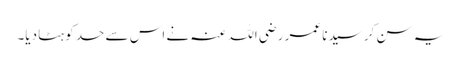
یہ سن کر سیدنا عمر ‌رضی ‌اللہ ‌عنہ نے اس سے حد کو ہٹا دیا۔